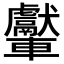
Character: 𨏾